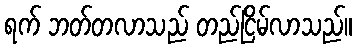
ရက် ဘတ်တလာသည် တည်ငြိမ်လာသည်။